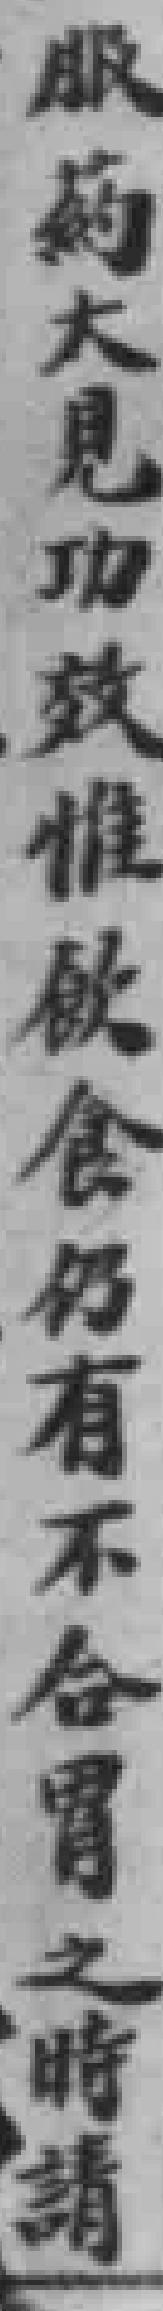
服藥大見功效惟飲食仍有不合胃之時請